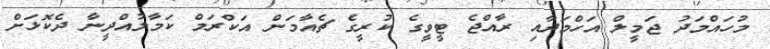
މުހައްމަދު ޖަމީލް އަހްމަދާއި ރާއްޖެ ޓީވީގެ ކުރީގެ ޗެއާމަން އަކްރަމް ކަމާލުއްދީނާ ދެކޮޅަށް